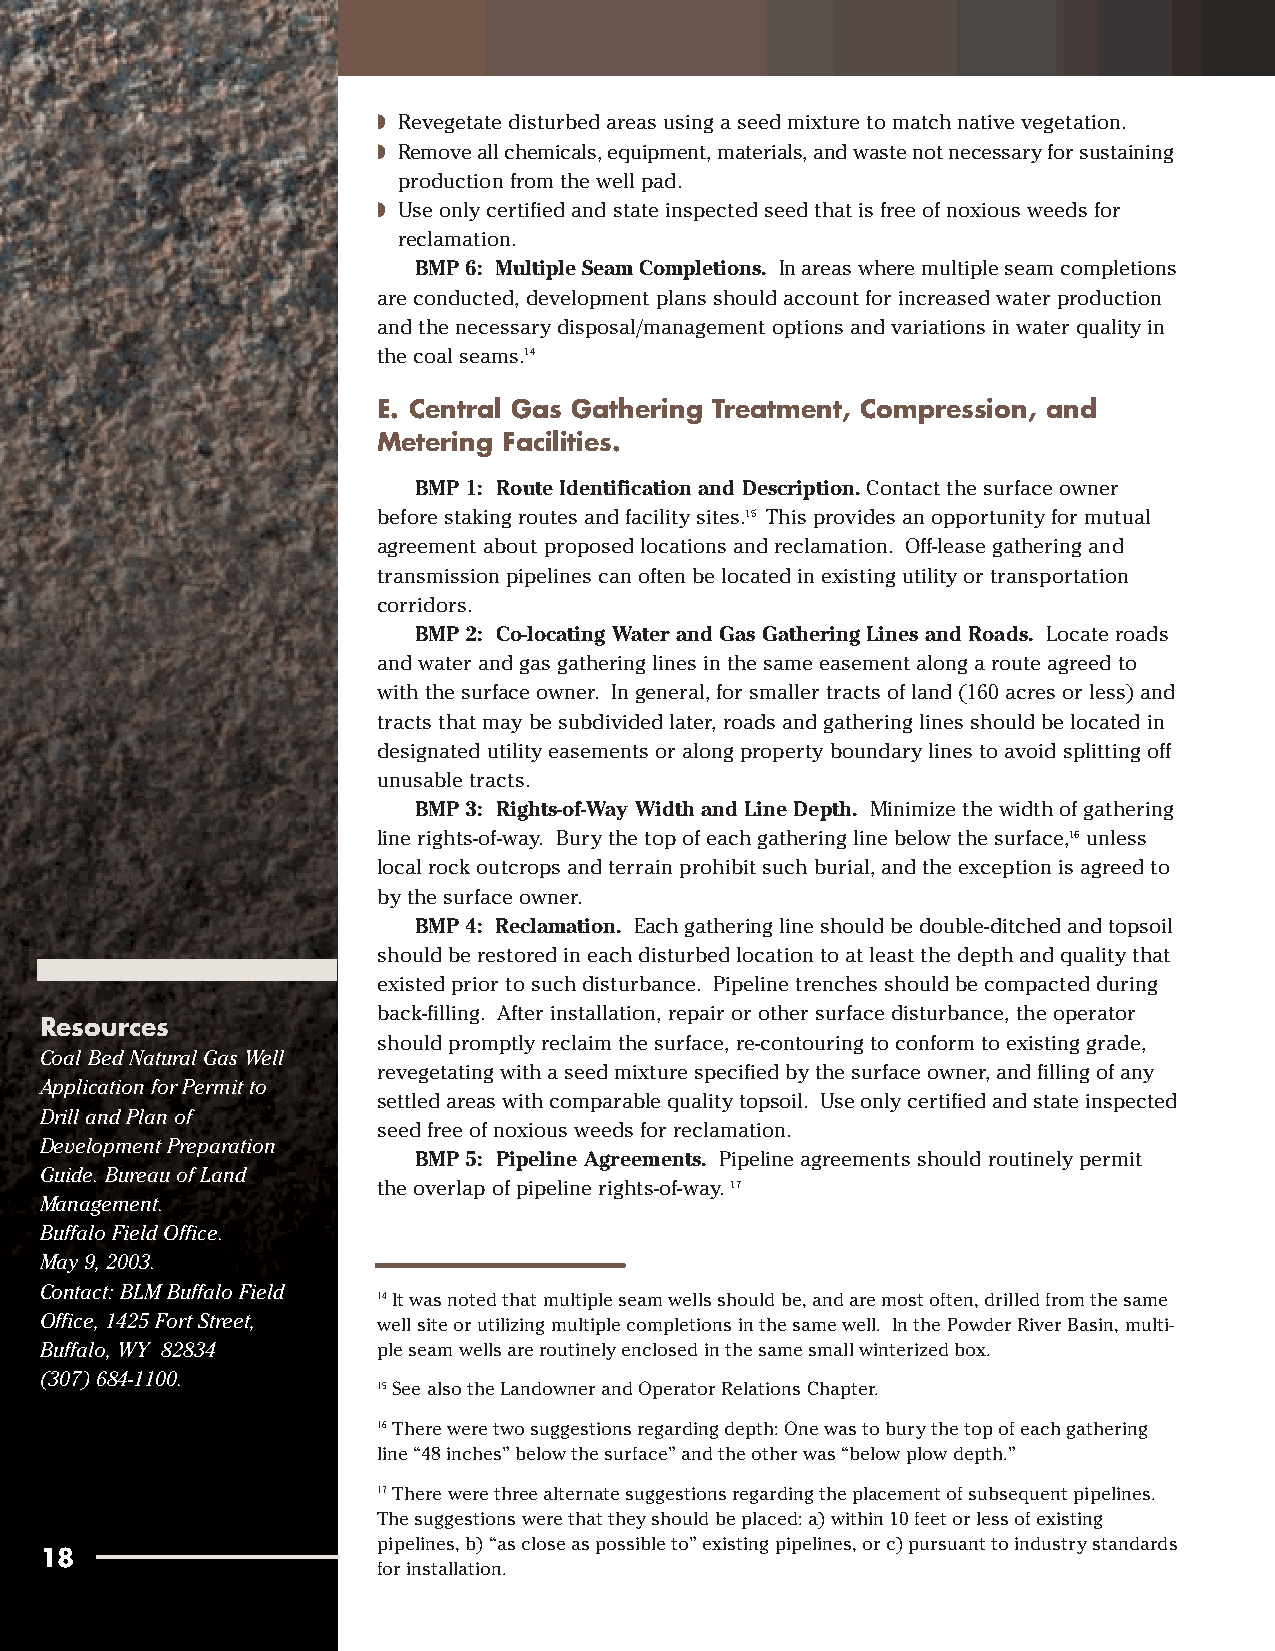
◗ Revegetate disturbed areas using a seed mixture to match native vegetation.
 ◗ Remove all chemicals, equipment, materials, and waste not necessary for sustaining
 production from the well pad.
 ◗ Use only certified and state inspected seed that is free of noxious weeds for
 reclamation.
 BMP 6: Multiple Seam Completions. In areas where multiple seam completions
 are conducted, development plans should account for increased water production
 and the necessary disposal/management options and variations in water quality in
 the coal seams.14
 E. Central Gas Gathering Treatment, Compression, and
 Metering Facilities.
 BMP 1: Route Identification and Description.Contact the surface owner
 before staking routes and facility sites.15 This provides an opportunity for mutual
 agreement about proposed locations and reclamation. Off-lease gathering and
 transmission pipelines can often be located in existing utility or transportation
 corridors.
 BMP 2: Co-locating Water and Gas Gathering Lines and Roads. Locate roads
 and water and gas gathering lines in the same easement along a route agreed to
 with the surface owner. In general, for smaller tracts of land (160 acres or less) and
 tracts that may be subdivided later, roads and gathering lines should be located in
 designated utility easements or along property boundary lines to avoid splitting off
 unusable tracts.
 BMP 3: Rights-of-Way Width and Line Depth. Minimize the width of gathering
 line rights-of-way. Bury the top of each gathering line below the surface,16unless
 local rock outcrops and terrain prohibit such burial, and the exception is agreed to
 by the surface owner.
 BMP 4: Reclamation. Each gathering line should be double-ditched and topsoil
 should be restored in each disturbed location to at least the depth and quality that
 existed prior to such disturbance. Pipeline trenches should be compacted during
 back-filling. After installation, repair or other surface disturbance, the operator
 Resources
 should promptly reclaim the surface, re-contouring to conform to existing grade,
 Coal Bed Natural Gas Well
 revegetating with a seed mixture specified by the surface owner, and filling of any
 Application for Permit to
 settled areas with comparable quality topsoil. Use only certified and state inspected
 Drill and Plan of
 seed free of noxious weeds for reclamation.
 Development Preparation
 BMP 5: Pipeline Agreements. Pipeline agreements should routinely permit
 Guide. Bureau of Land
 the overlap of pipeline rights-of-way. 17
 Management.
 Buffalo Field Office.
 May 9, 2003.
 Contact: BLM Buffalo Field
 14 It was noted that multiple seam wells should be, and are most often, drilled from the same
 Office, 1425 Fort Street, well site or utilizing multiple completions in the same well. In the Powder River Basin, multi-
 Buffalo, WY 82834     ple seam wells are routinely enclosed in the same small winterized box.
 (307) 684-1100.
 15 See also the Landowner and Operator Relations Chapter.
 16 There were two suggestions regarding depth: One was to bury the top of each gathering
 line “48 inches” below the surface” and the other was “below plow depth.”
 17 There were three alternate suggestions regarding the placement of subsequent pipelines.
 The suggestions were that they should be placed: a) within 10 feet or less of existing
 pipelines, b) “as close as possible to” existing pipelines, or c) pursuant to industry standards
 18
 for installation.